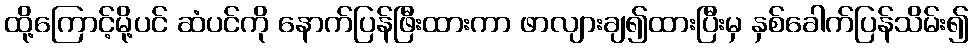
ထို့ကြောင့်မို့ပင် ဆံပင်ကို နောက်ပြန်ဖြီးထားကာ ဖာလျားချ၍ထားပြီးမှ နှစ်ခေါက်ပြန်သိမ်း၍